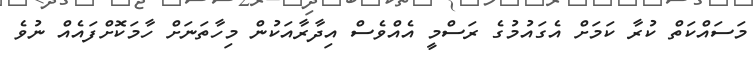
މަސައްކަތް ކުރާ ކަމަށް އެގައުމުގެ ރަސްމީ އެއްވެސް އިދާރާއަކުން މިހާތަނަށް ހާމަކޮށްފައެއް ނުވެ